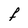
Character: F